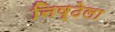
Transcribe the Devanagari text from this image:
निष्ठेला